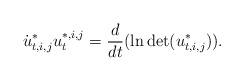
LaTeX: \begin{align*}\dot{u}^*_{t,i,j}u_t^{*,i,j}=\frac{d}{dt}(\ln \det (u^*_{t,i,j})).\end{align*}